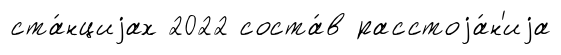
ста́нциjах 2022 соста́в расстоjа́н'иjа